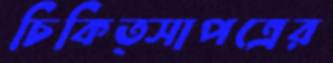
চিকিত্সাপত্রের